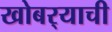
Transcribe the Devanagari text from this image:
खोबर्‍याची